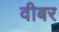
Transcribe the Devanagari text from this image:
वीबर